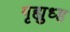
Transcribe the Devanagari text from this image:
गृह्युध्ह